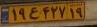
۱۹ع۴۲۷۱۹